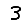
Digit: 3